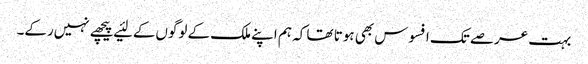
بہت عرصے تک افسوس بھی ہوتا تھا کہ ہم اپنے ملک کے لوگوں‌کے لئیے پیچھے نہیں‌رکے۔